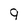
Character: p